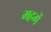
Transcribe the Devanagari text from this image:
महगें